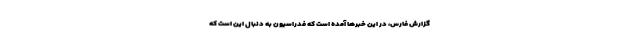
گزارش فارس، در این خبرها آمده است که فدراسیون به دنبال این است که